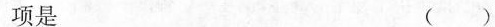
项是 ( )